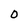
Character: O